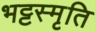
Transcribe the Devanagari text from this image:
भट्टस्मृति